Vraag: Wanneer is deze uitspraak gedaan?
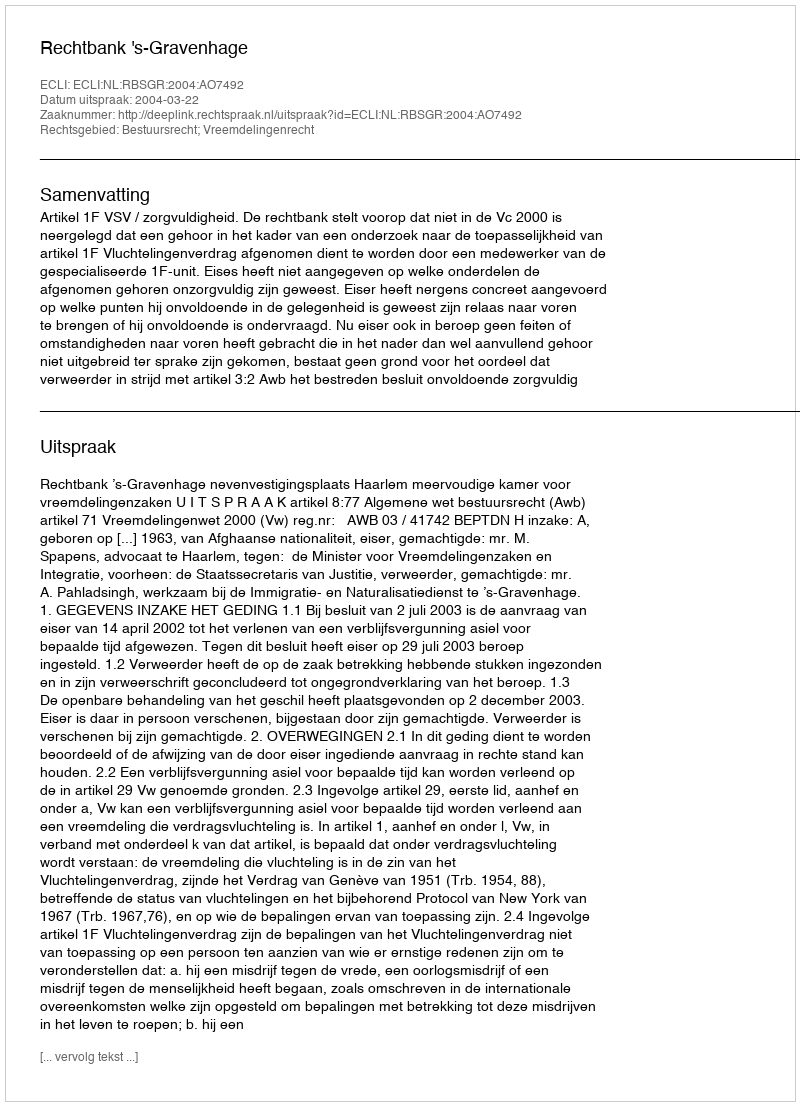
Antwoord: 2004-03-22